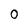
Character: 0